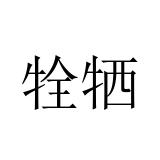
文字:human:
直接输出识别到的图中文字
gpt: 牷牺